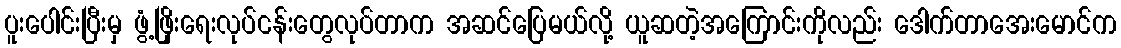
ပူးပေါင်းပြီးမှ ဖွံ့ဖြိုးရေးလုပ်ငန်းတွေလုပ်တာက အဆင်ပြေမယ်လို့ ယူဆတဲ့အကြောင်းကိုလည်း ဒေါက်တာအေးမောင်က